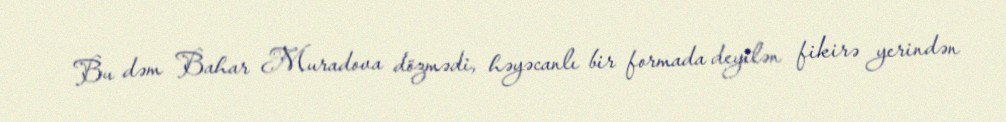
Bu dəm Bahar Muradova dözmədi, həyəcanlı bir formada deyilən fikirə yerindən